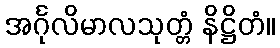
အင်္ဂုလိမာလသုတ္တံ နိဋ္ဌိတံ။